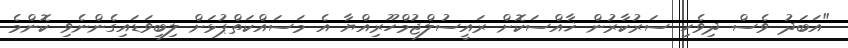
"އަބަދު ވެސް ދިވެހި ސަރުކާރުން ޚާއްސަކޮށް ރައީސުލްޖުމްހޫރިއްޔާ އެ މަސައްކަތްޕުޅަށް ލިބިވަޑައިގެންނެވި ކޮންމެ